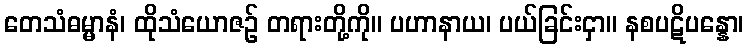
တေသံဓမ္မာနံ၊ ထိုသံယောဇဉ် တရားတို့ကို။ ပဟာနာယ၊ ပယ်ခြင်းငှာ။ နစပဋိပန္နော၊